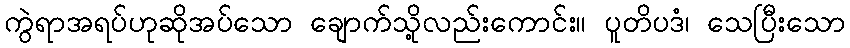
ကွဲရာအရပ်ဟုဆိုအပ်သော ချောက်သို့လည်းကောင်း။ ပူတိပဒံ၊ သေပြီးသော